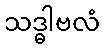
သဒ္ဓါဗလံ